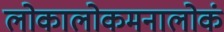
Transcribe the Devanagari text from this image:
लोकालोकमनालोकं